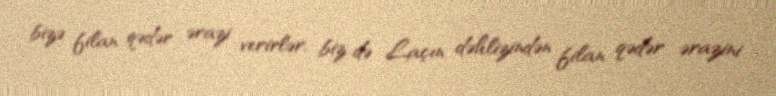
bizə filan qədər ərazi verirlər, biz də Laçın dəhlizindən filan qədər ərazini